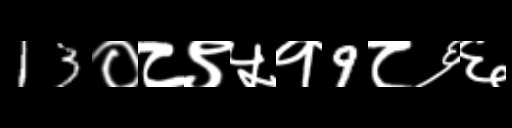
Text: 13०८९५१9८६६